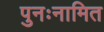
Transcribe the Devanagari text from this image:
पुनःनामित